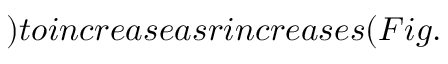
) t o i n c r e a s e a s r i n c r e a s e s ( F i g .